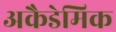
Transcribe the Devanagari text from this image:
अकैडेमिक